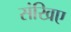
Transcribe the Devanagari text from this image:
संखिए